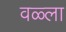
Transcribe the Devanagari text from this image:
वळ्ला